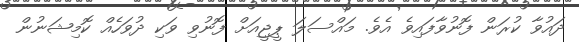
ދައުވާ ކުރަން ފޮނުވާފައިވެ އެވެ. މައްސަލަ ޕީޖީއަށް ފޮނުވި ވަކި ދުވަހެއް ކޮމިޝަނުން